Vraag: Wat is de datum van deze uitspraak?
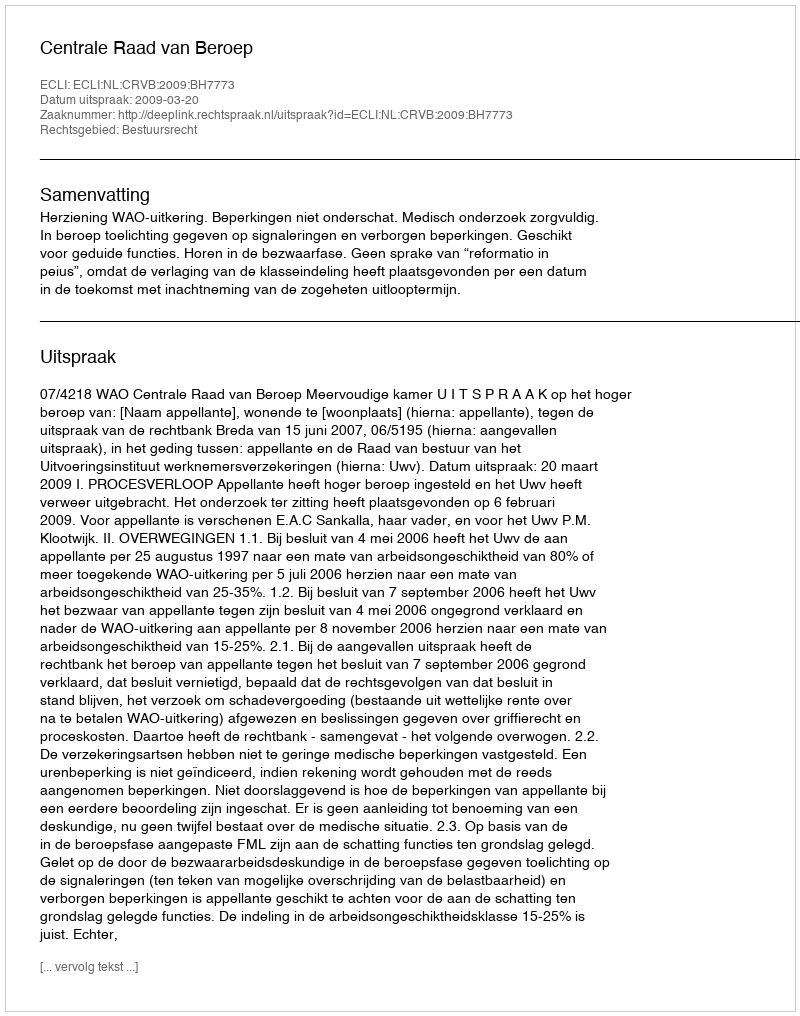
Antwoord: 2009-03-20